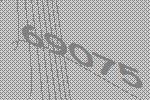
69075